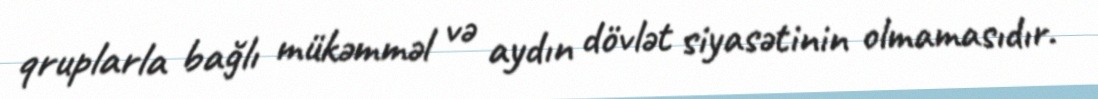
qruplarla bağlı mükəmməl və aydın dövlət siyasətinin olmamasıdır.